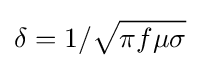
\delta =1/{\sqrt {\pi f\mu \sigma }}